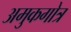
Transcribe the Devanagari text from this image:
अमुकगोत्र